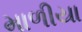
માળીયા